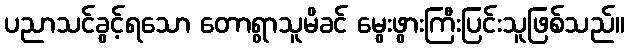
ပညာသင်ခွင့်ရသော တောရွာသူမိခင် မွေးဖွားကြီးပြင်းသူဖြစ်သည်။